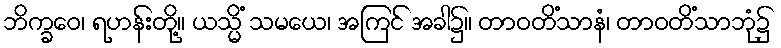
ဘိက္ခဝေ၊ ရဟန်းတို့။ ယသ္မိံ သမယေ၊ အကြင် အခါ၌။ တာဝတိံသာနံ၊ တာဝတိံသာဘုံ၌